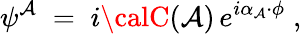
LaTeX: \psi^{\mathcal{A}}\; =\; i{\calC}(\mathcal{A})\, e^{i\alpha_{\mathcal{A}}\cdot\phi}\; ,